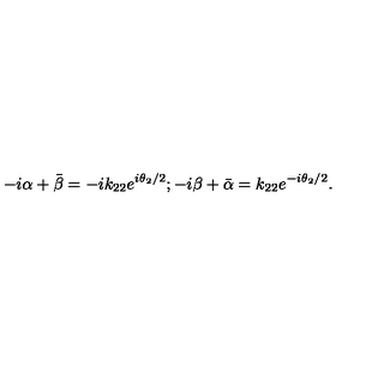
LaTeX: - i \alpha + \bar { \beta } = - i k _ { 2 2 } e ^ { i \theta _ { 2 } / 2 } ; - i \beta + \bar { \alpha } = k _ { 2 2 } e ^ { - i \theta _ { 2 } / 2 } .